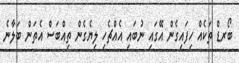
ބޯރޑް ތަކެއް ހިފައިގެން އޭގައި ނުބައި އެއްޗެހި ލިޔެގެން ތިއްބަސް އެތަން ބަލާނެ